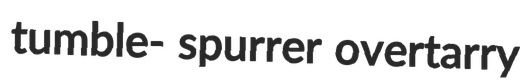
tumble- spurrer overtarry